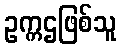
ဥက္ကဌဖြစ်သူ